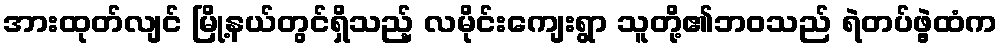
အားထုတ်လျင် မြို့နယ်တွင်ရှိသည့် လမိုင်းကျေးရွာ သူတို့၏ဘဝသည် ရဲတပ်ဖွဲ့ထံက